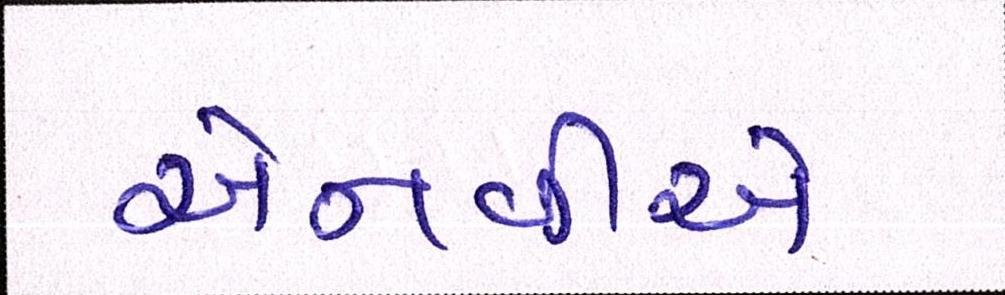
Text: એનવીએ